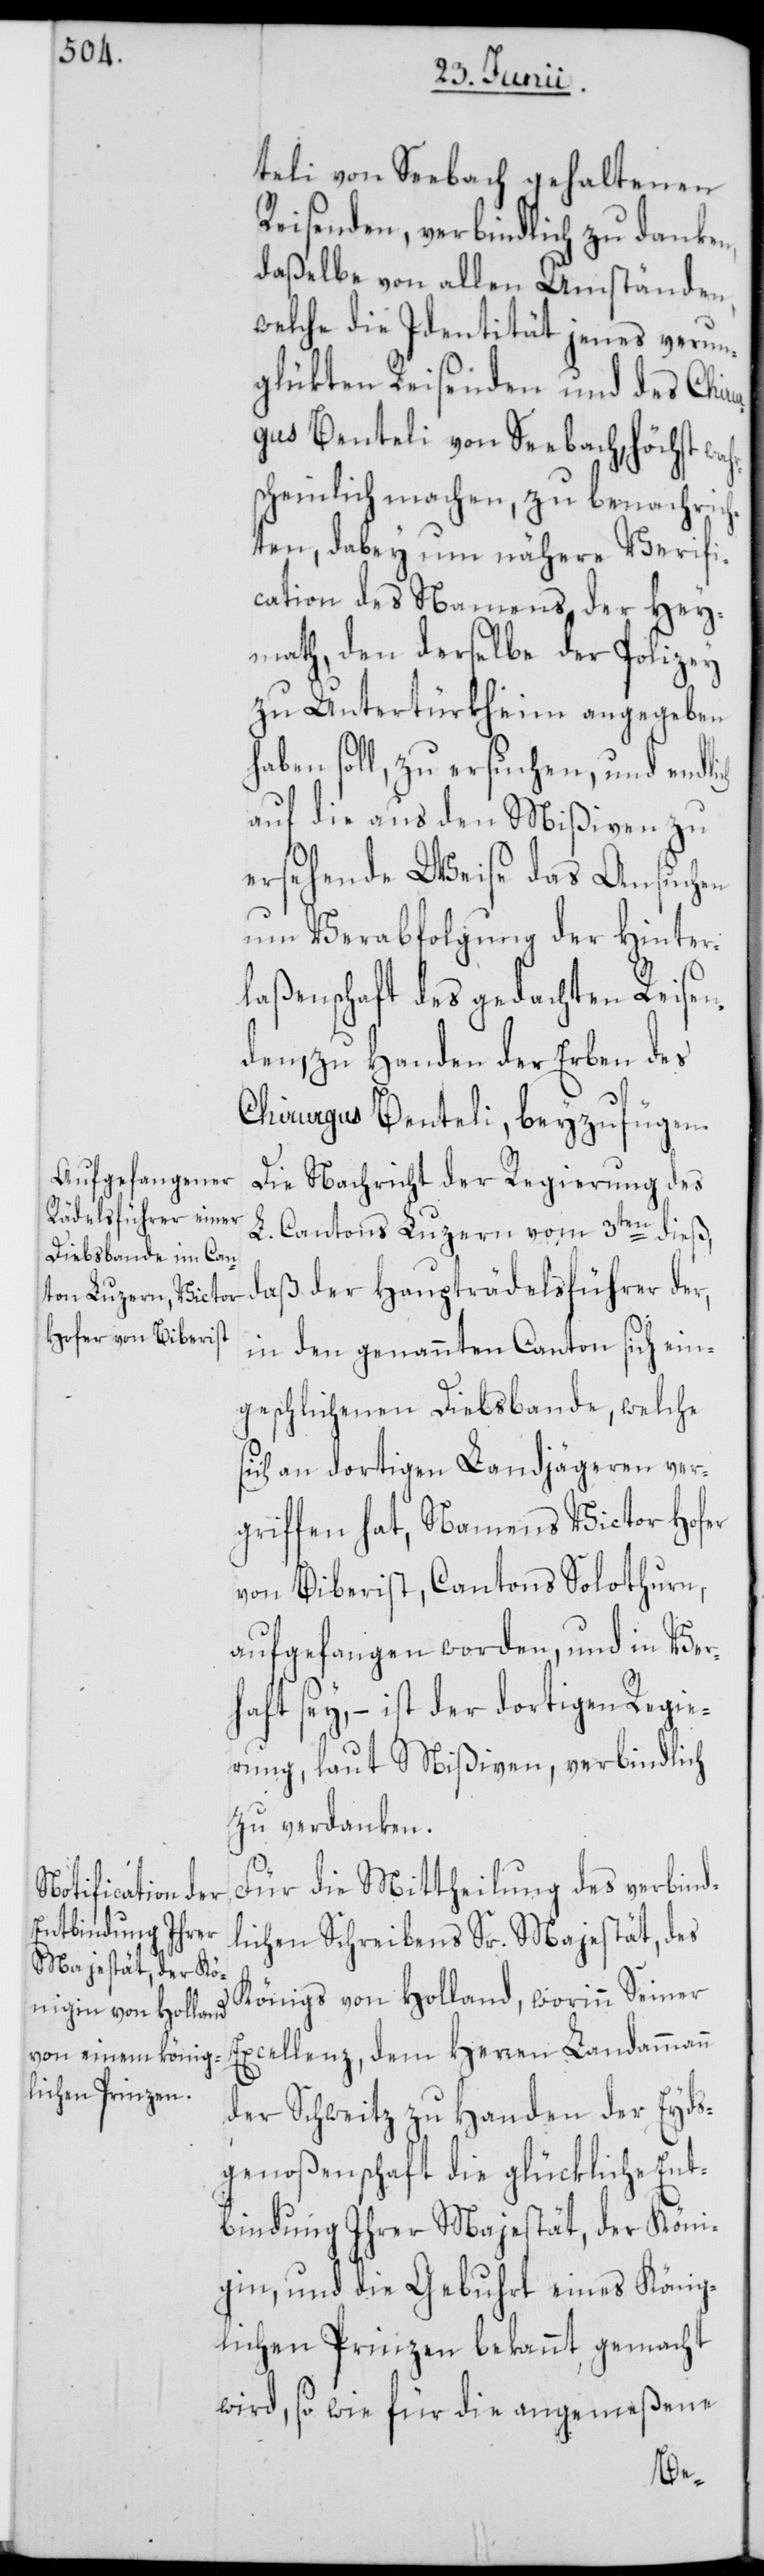
teli von Seebach gehaltenen
Reisenden, verbindlich zu danken,
daßelbe von allen Umständen,
welche die Identität jenes verun¬
glükten Reisenden und des Chiru¬
rgus Benteli von Seebach, höchst wah¬
scheinlich machen, zu benachrich¬
ten, dabey um nähere Verifi¬
cation des Namens der Hey¬
math, den derselbe der Polizey
zu Untertürkheim angegeben
haben soll, zu ersuchen, und endl¬
auf die aus den Mißiven zu
ersehende Weise das Ansuchen
um Verabfolgung der Hinter¬
ich
laßenschaft des gedachten Reisen¬
den, zu Handen der Erben des
Chirurgus Benteli, beyzufügen.
Die Nachricht der Regierung des
L. Cantons Luzern vom 3ten dieß,
daß der Haupträdelsführer der,
in den genannten Canton sich ein¬
geschlichenen Diebsbande, welche
sich an dortigen Landjägeren ver¬
griffen hat, Namens Victor Hofer
von Biberist, Cantons Solothurn,
aufgefangen worden, und in Ver¬
haft sey, – ist der dortigen Regie¬
rung, laut Mißiven, verbindlich
zu verdanken.
Für die Mittheilung des verbind¬
lichen Schreibens Sr. Majestät, des
Königs von Holland, worinn Seiner
Excellenz, dem Herren Landammann
der Schweitz zu Handen der Eyds¬
genoßenschaft die glückliche Ent¬
bindung Ihrer Majestät, der Köni¬
gin, und die Gebuhrt eines König¬
lichen Prinzen bekannt gemacht
wird, so wie für die angemeßene